Civil Veterinary Department Bihar reports 1940-50 - 1940-1950
Year: 1940
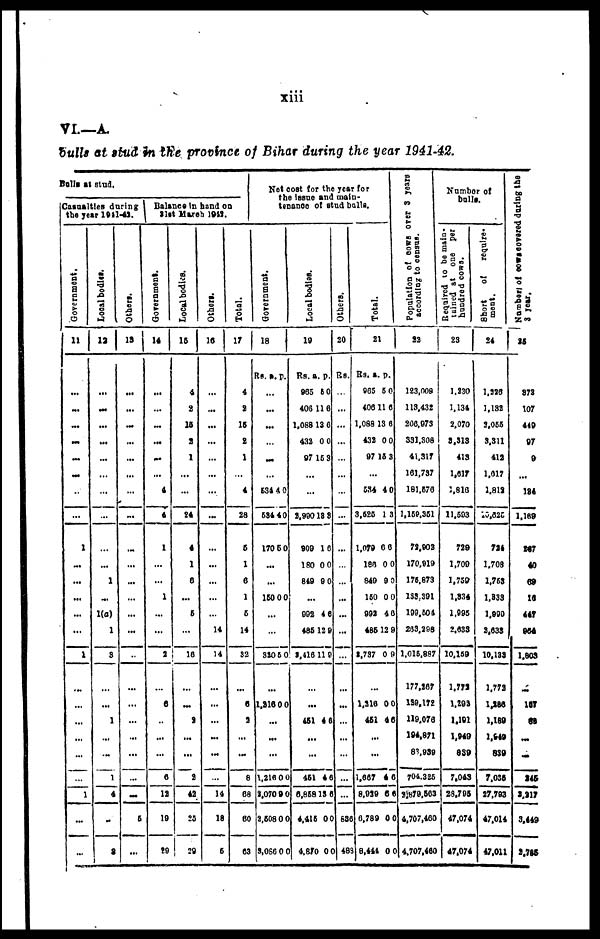
xiii
VI.—A.
bulls at stud in the province of Bihar during the year 1941-42.
Bulls at stud.
Casualties during
the year1911-41.
Government.
11
...
...
...
...
...
...
...
...
1
...
...
...
...
...
1
...
...
...
...
...
...
1
...
...
Local bodies.
12
...
...
...
...
...
...
...
...
...
...
1
...
1(0)
1
3
...
...
1
...
...
1
4
...
2
Others.
13
...
...
...
...
...
...
...
...
...
...
...
...
...
...
...
...
...
...
...
...
...
...
6
...
Balance in hand on
31st March 1942.
Government.
14
...
...
...
...
...
...
4
4
1
...
...
1
...
...
2
...
6
...
...
...
0
12
10
29
Local bodies.
15
4
2
15
3
1
...
...
24
4
1
6
...
5
...
18
...
...
3
...
...
2
42
25
29
Others.
16
...
...
...
...
...
...
...
...
...
...
...
...
...
14
14
...
...
...
...
...
...
14
18
&
Total.
17
4
2
15
2
1
...
4
2a
6
1
6
1
6
14
32
...
5
3
...
...
8
68
60
63
No
cost for
the y e a r f o r t h e issue and
main-tenance
of stud balls.
Government.
18
Rs.
534
584
170
.
.
150
320
...
1,316
1,216
2,070
2.508
3,086
a.
...
...
...
...
...
...
4
4
5
..
..
0
...
...
5
...
...
...
0
9
0
0
p.
0
0
0
0
0
0 0
0
0
0
0
Local bodi es.
19
Rs.
965
406
1,088
432
97
2,900
909
180
849
...
992
485
3,416
...
..
461
..
..
451
6,868
4,415
4,870
a.
6
11
13
0
15
...
...
18
1
0
9
4
12
11
.
4
.
.
4
18
0
0
p.
0
6
0
0
3
8
6
0
0
6
9
9
6
6
0
0
0
Others.
20
Rs.
...
...
...
...
...
...
...
...
...
...
...
...
...
...
...
...
...
...
...
...
...
...
538
489
Total.
21
Rs.
965
406
1,088
432
97
...
534
3,525
1,079
188
849
16
992
485
2,737
...
1.31
46
.
.
1,867
8,93
5 6,78
3 8,44
a.
5
11
13
0
13
4
1
0
0
9
0
4
12
8
1
..
..
9
9
1
p.
0
6
6
0
3
0
3
0
0
0
0
6
9
0 9
0 0
4 6
4 6
6 0
0 0
0 0
Population of cows over 3 years
according to census.
22
123,009
113,432
206,973
331,308
41,317
161,737
181,670
1,169,361
73.902
170,919
176.873
188.391
199,604
283.298
1,016,887
177,267
139,172
119,076
194,871
83,939
704.326
3;879,563
4,707,460
4,707,460
Number of
bulls.
Required to be main-
luined at one per
hundred cows.
23
1.230
1,134
2,07O
8,313
413
1,617
1,810
11.603
729
1,709
1,759
1,834
1,995
2,633
10,169
1,773
1,293
1,101
1,949
839
7.043
28,795
47,074
47,074
Short
of
require-
ment.
24
1,226
1,132
3,055
3,311
412
1,617
1.813
10,825
724
1.708
1,753
1,833
1,990
2,638
10,183
1.773
1,286
1,189
1,649
839
7,085
27,793
47,014
47,011
Number
of Cows covered during the
3 year
25
873
107
449
97
9
...
184
1,169
267
40
69
16
44T
964
1.803
...
187
69
...
...
245
3,217
3,449
2,786